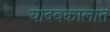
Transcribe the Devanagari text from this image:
यादवकालात